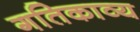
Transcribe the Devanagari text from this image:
गतिकाव्य